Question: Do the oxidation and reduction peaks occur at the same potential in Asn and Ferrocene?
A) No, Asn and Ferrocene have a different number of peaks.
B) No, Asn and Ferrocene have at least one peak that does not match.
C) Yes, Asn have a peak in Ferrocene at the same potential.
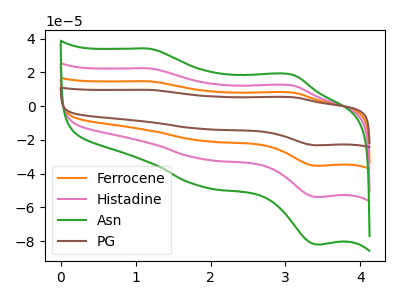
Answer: <think>The orange curve "Ferrocene" has anodic peaks at (1.20V, 44.60uA) (3.10V, 24.30uA) and cathodic peaks at (1.90V, -62.55uA) (3.45V, -107.65uA). The pink curve "Histadine" has anodic peaks at (1.20V, 22.30uA) (3.10V, 12.15uA) and cathodic peaks at (1.90V, -31.30uA) (3.45V, -53.80uA). The green curve "Asn" has anodic peaks at (1.20V, 34.00uA) (3.10V, 18.50uA) and cathodic peaks at (1.90V, -47.65uA) (3.45V, -81.95uA). The brown curve "PG" has anodic peaks at (1.20V, 66.95uA) (3.10V, 36.45uA) and cathodic peaks at (1.90V, -93.85uA) (3.45V, -161.45uA).</think>
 <answer>C) Yes, "Asn" have a peak in "Ferrocene" at the same potential.</answer>
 <eval>C</eval>